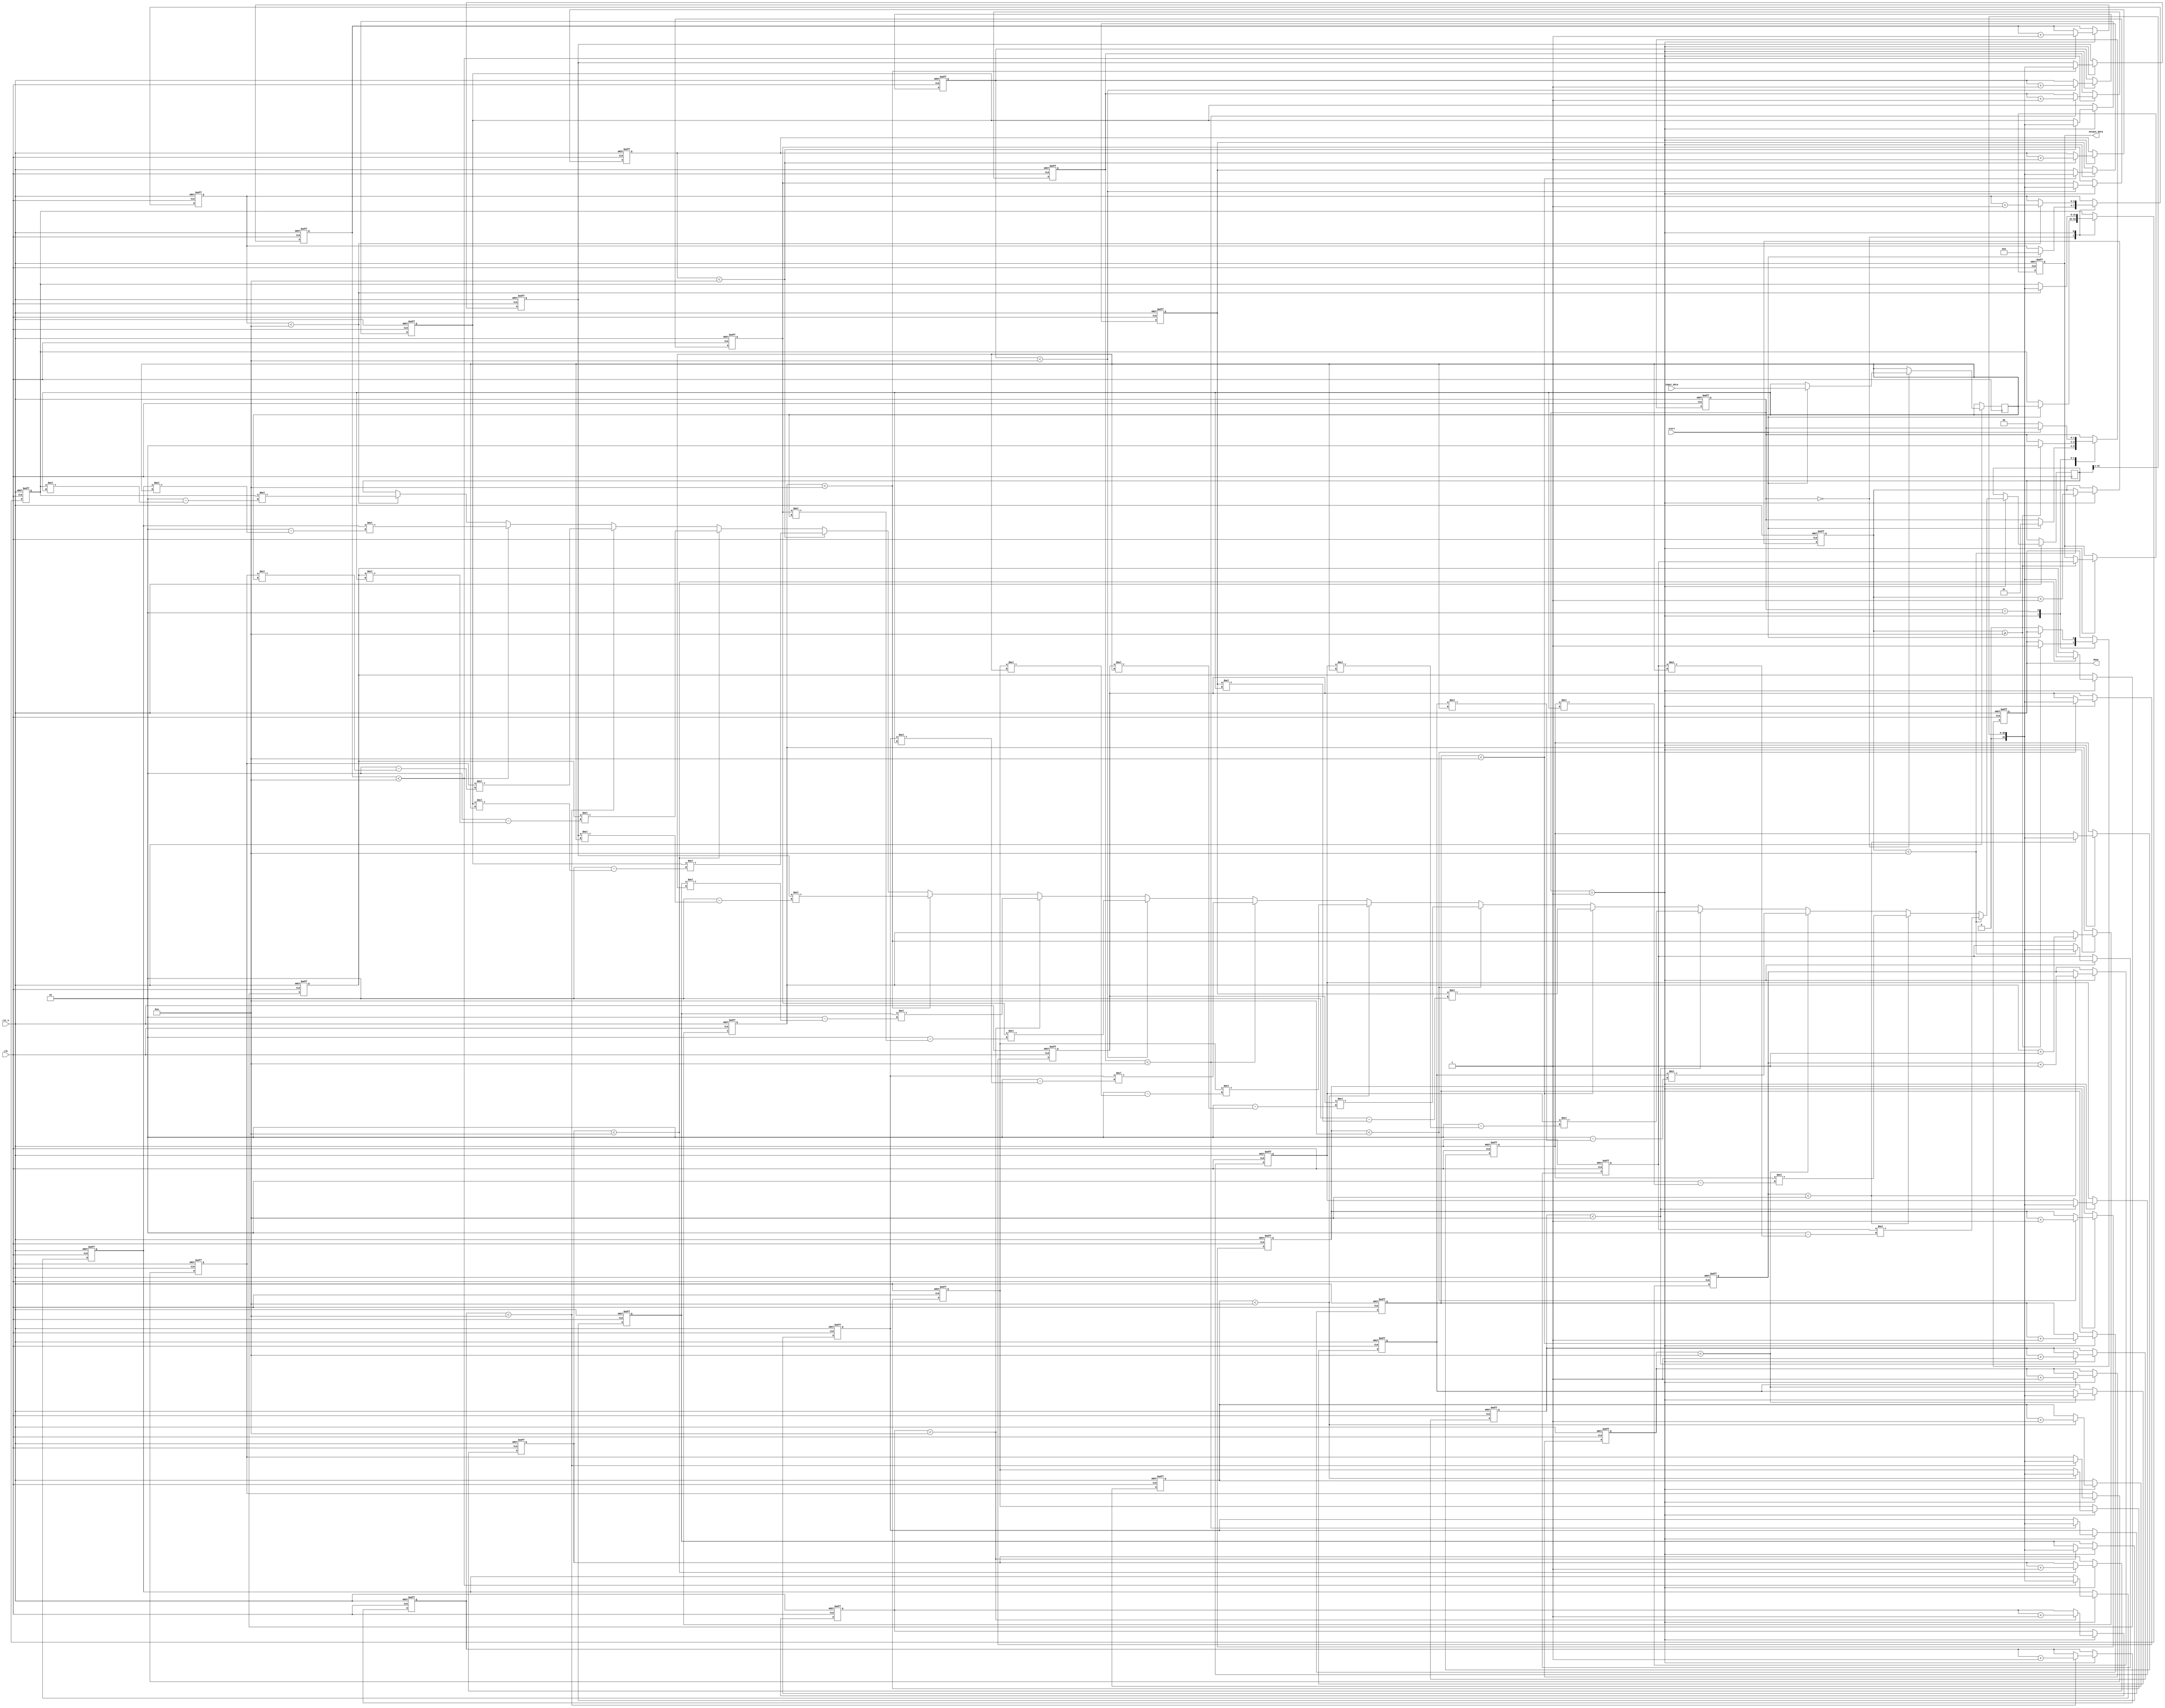
module systolic_array_reciprocal #(
    parameter DATA_WIDTH = 32,
    parameter PE_ROWS = 4,
    parameter PE_COLS = 4,
    parameter MAX_ITER = 10
)(
    input wire clk,
    input wire rst_n,
    input wire [DATA_WIDTH-1:0] input_data,
    input wire start,
    output reg [DATA_WIDTH-1:0] output_data,
    output reg done
);

    // Processing Element (PE) definition
    reg [DATA_WIDTH-1:0] pe [0:PE_ROWS-1][0:PE_COLS-1];
    reg [DATA_WIDTH-1:0] reciprocal_estimate [0:PE_ROWS-1][0:PE_COLS-1];
    reg [DATA_WIDTH-1:0] temp_result;
    reg [3:0] iteration_count [0:PE_ROWS-1][0:PE_COLS-1];
    reg [DATA_WIDTH-1:0] input_buffer;

    // State machine for control
    reg [1:0] state;
    localparam IDLE = 2'b00, PROCESSING = 2'b01, DONE = 2'b10;

    // Initialize the PEs
    integer i, j;
    always @(posedge clk or negedge rst_n) begin
        if (!rst_n) begin
            // Reset state
            state <= IDLE;
            done <= 0;
            output_data <= 0;
            for (i = 0; i < PE_ROWS; i = i + 1) begin
                for (j = 0; j < PE_COLS; j = j + 1) begin
                    reciprocal_estimate[i][j] <= 0;
                    iteration_count[i][j] <= 0;
                end
            end
        end else begin
            case (state)
                IDLE: begin
                    if (start) begin
                        input_buffer <= input_data;
                        // Initialize the first PE with input data
                        reciprocal_estimate[0][0] <= input_buffer; // Initial estimate
                        iteration_count[0][0] <= 0;
                        state <= PROCESSING;
                    end
                end
                
                PROCESSING: begin
                    for (i = 0; i < PE_ROWS; i = i + 1) begin
                        for (j = 0; j < PE_COLS; j = j + 1) begin
                            if (iteration_count[i][j] < MAX_ITER) begin
                                // Example: Newton-Raphson iteration for reciprocal
                                // Assume reciprocal_estimate[i][j] holds current estimate
                                // Update logic for PEs
                                if (i == 0 && j == 0) begin
                                    // First PE updates based on input
                                    reciprocal_estimate[i][j] <= input_buffer; // Initial input
                                end else if (j > 0) begin
                                    // Pass from left PE
                                    reciprocal_estimate[i][j] <= reciprocal_estimate[i][j-1]; // Pass from left
                                end else if (i > 0) begin
                                    // Pass from above PE
                                    reciprocal_estimate[i][j] <= reciprocal_estimate[i-1][j]; // Pass from above
                                end

                                // Newton-Raphson update: x(n+1) = x(n) * (2 - x(n) * input)
                                temp_result <= reciprocal_estimate[i][j] * (2 - reciprocal_estimate[i][j] * input_buffer);
                                reciprocal_estimate[i][j] <= temp_result >> 1; // Shift for fixed-point adjustment
                                
                                // Increment iteration count
                                iteration_count[i][j] <= iteration_count[i][j] + 1;
                            end
                        end
                    end
                    
                    // Check for completion
                    if (iteration_count[PE_ROWS-1][PE_COLS-1] >= MAX_ITER) begin
                        output_data <= reciprocal_estimate[PE_ROWS-1][PE_COLS-1];
                        done <= 1;
                        state <= DONE;
                    end
                end
                
                DONE: begin
                    if (!start) begin
                        state <= IDLE;
                        done <= 0;
                    end
                end
            endcase
        end
    end
endmodule